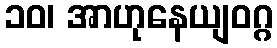
၁၀၊ အာဟုနေယျဝဂ္ဂ